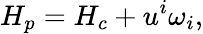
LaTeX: H_{p}=H_{c}+u^{i}\omega_{i},